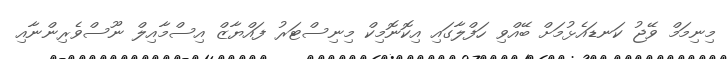
މިނިމަމް ވޭޖު ކަނޑައެޅުމަށް ބޭއްވި ހަފްލާގައި އިކޮނޮމިކް މިނިސްޓަރު ފައްޔާޒް އިސްމާއިލް ނޫސްވެރިންނާއި